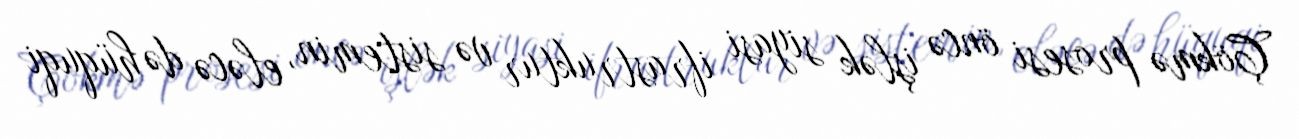
Çökmə prosesi öncə işlək siyasi ifrastruktur və sistemin, eləcə də hüquqi